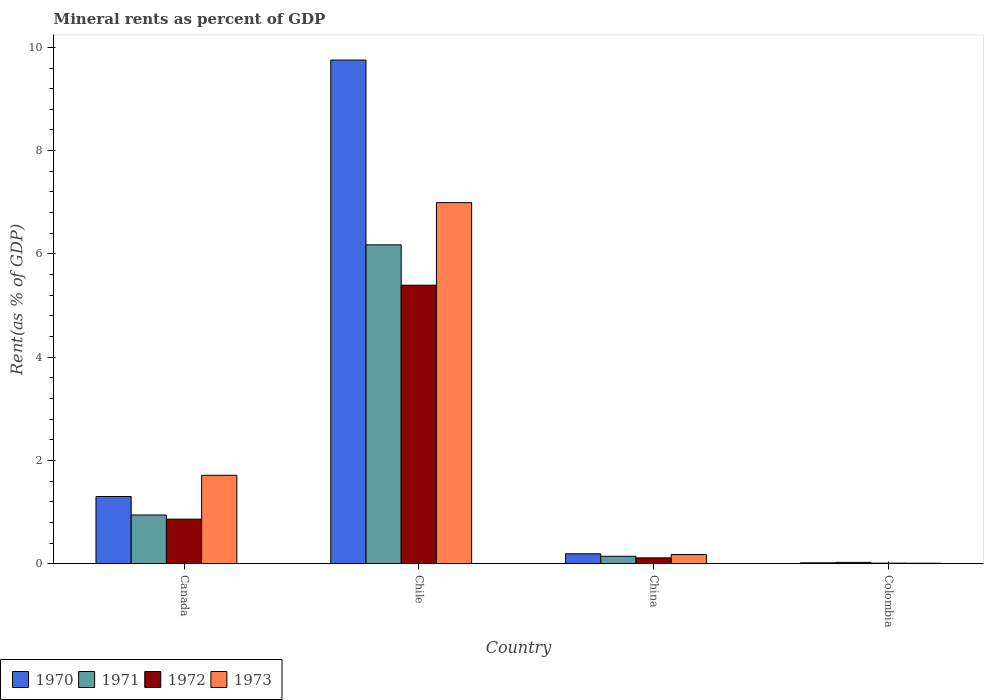
| Country | 1970 | 1971 | 1972 | 1973 |
 | --- | --- | --- | --- | --- |
 | Canada | 1.3 | 0.944 | 0.864 | 1.71 |
 | Chile | 9.75 | 6.18 | 5.39 | 6.99 |
 | China | 0.193 | 0.144 | 0.113 | 0.177 |
 | Colombia | 0.0172 | 0.0261 | 0.0111 | 0.00935 |